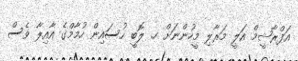
އަފްރާޝީމް އަލީ މަރާލި މީހުންނަށް ހ. ލޮބީ ހުސައިން ހުމާމްގެ އާއިލާ ވެސް